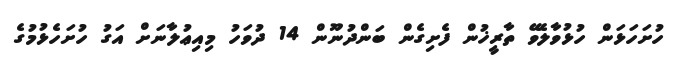
ހުށަހަޅަން ހުޅުވާލެވޭ ތާރީޚުން ފެށިގެން ބަންދުނޫން 14 ދުވަހު މިއިޢުލާނަށް އަގު ހުށަހެޅުމުގެ